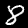
Label: 8